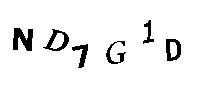
ND7G1D